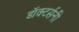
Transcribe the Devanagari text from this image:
डॉक्टर्सनी